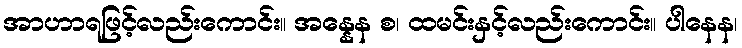
အာဟာရဖြင့်လည်းကောင်း။ အန္နေန စ၊ ထမင်းနှင့်လည်းကောင်း။ ပါနေန၊